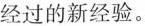
经过的新经验。